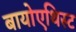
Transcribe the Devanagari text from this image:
बायोएथिस्ट